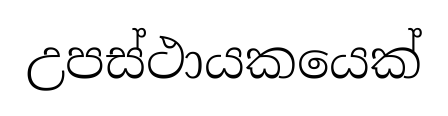
උපස්ථායකයෙක්